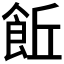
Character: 𩚨